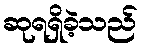
ဆုရရှိခဲ့သည်